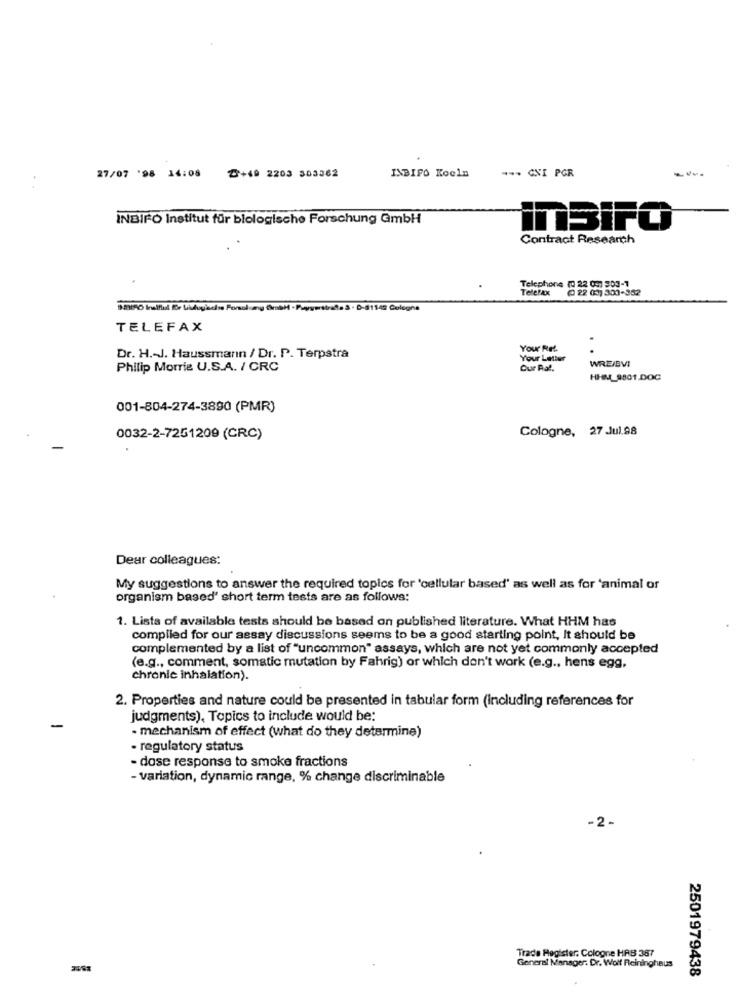
--- GNI PGR
27/07 '98 14:08
₸+49 2203 303362
INBIFO Koeln
INBIFO Institut für blologische Forschung GmbH
ITBIFO
Contract Research
Telephone (0 22 097 903-7
Telefax
@ 22 03) 300-352
TELEFAX
Your Ret.
Dr. H .- J. Haussmann / Dr. P. Terpstra
Your Letter
WREJEVI
Philip Morris U.S.A. / CRC
Cur Ra !.
HHM_9801.DOC
001-804-274-3890 (PMR)
Cologne, 27 Jul.98
0032-2-7251209 (CRC)
Dear colleagues:
My suggestions to answer the required topics for 'cellular based' as well as for 'animal of
organism based' short term tests are as follows:
1. Lists of available tests should be based on published literature. What HHM has
compiled for our assay discussions seems to be a good starting point, It should be
complemented by a list of "uncommon" assays, which are not yet commonly accepted
(e.g ., comment, somatic mutation by Fahrig) or which don't work (e.g ., hens egg,
chronic inhalation).
2. Properties and nature could be presented in tabular form (Including references for
judgments), Topics to include would be:
- mechanism of effect (what do they determine)
- regulatory status
- dose response to smoke fractions
- variation, dynamic range, % change discriminable
-2.
Trade Register. Cologne HAB 387
General Manager. Dr. Wolf Reininghaus
2501979438